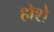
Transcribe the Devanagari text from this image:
होशे